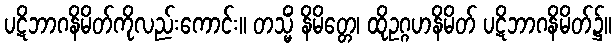
ပဋိဘာဂနိမိတ်ကိုလည်းကောင်း။ တသ္မိံ နိမိတ္တေ၊ ထိုဥဂ္ဂဟနိမိတ် ပဋိဘာဂနိမိတ်၌။